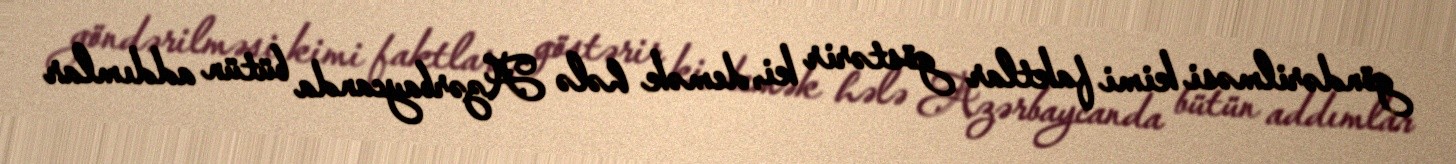
göndərilməsi kimi faktlar göstərir ki, demək hələ Azərbaycanda bütün addımlar